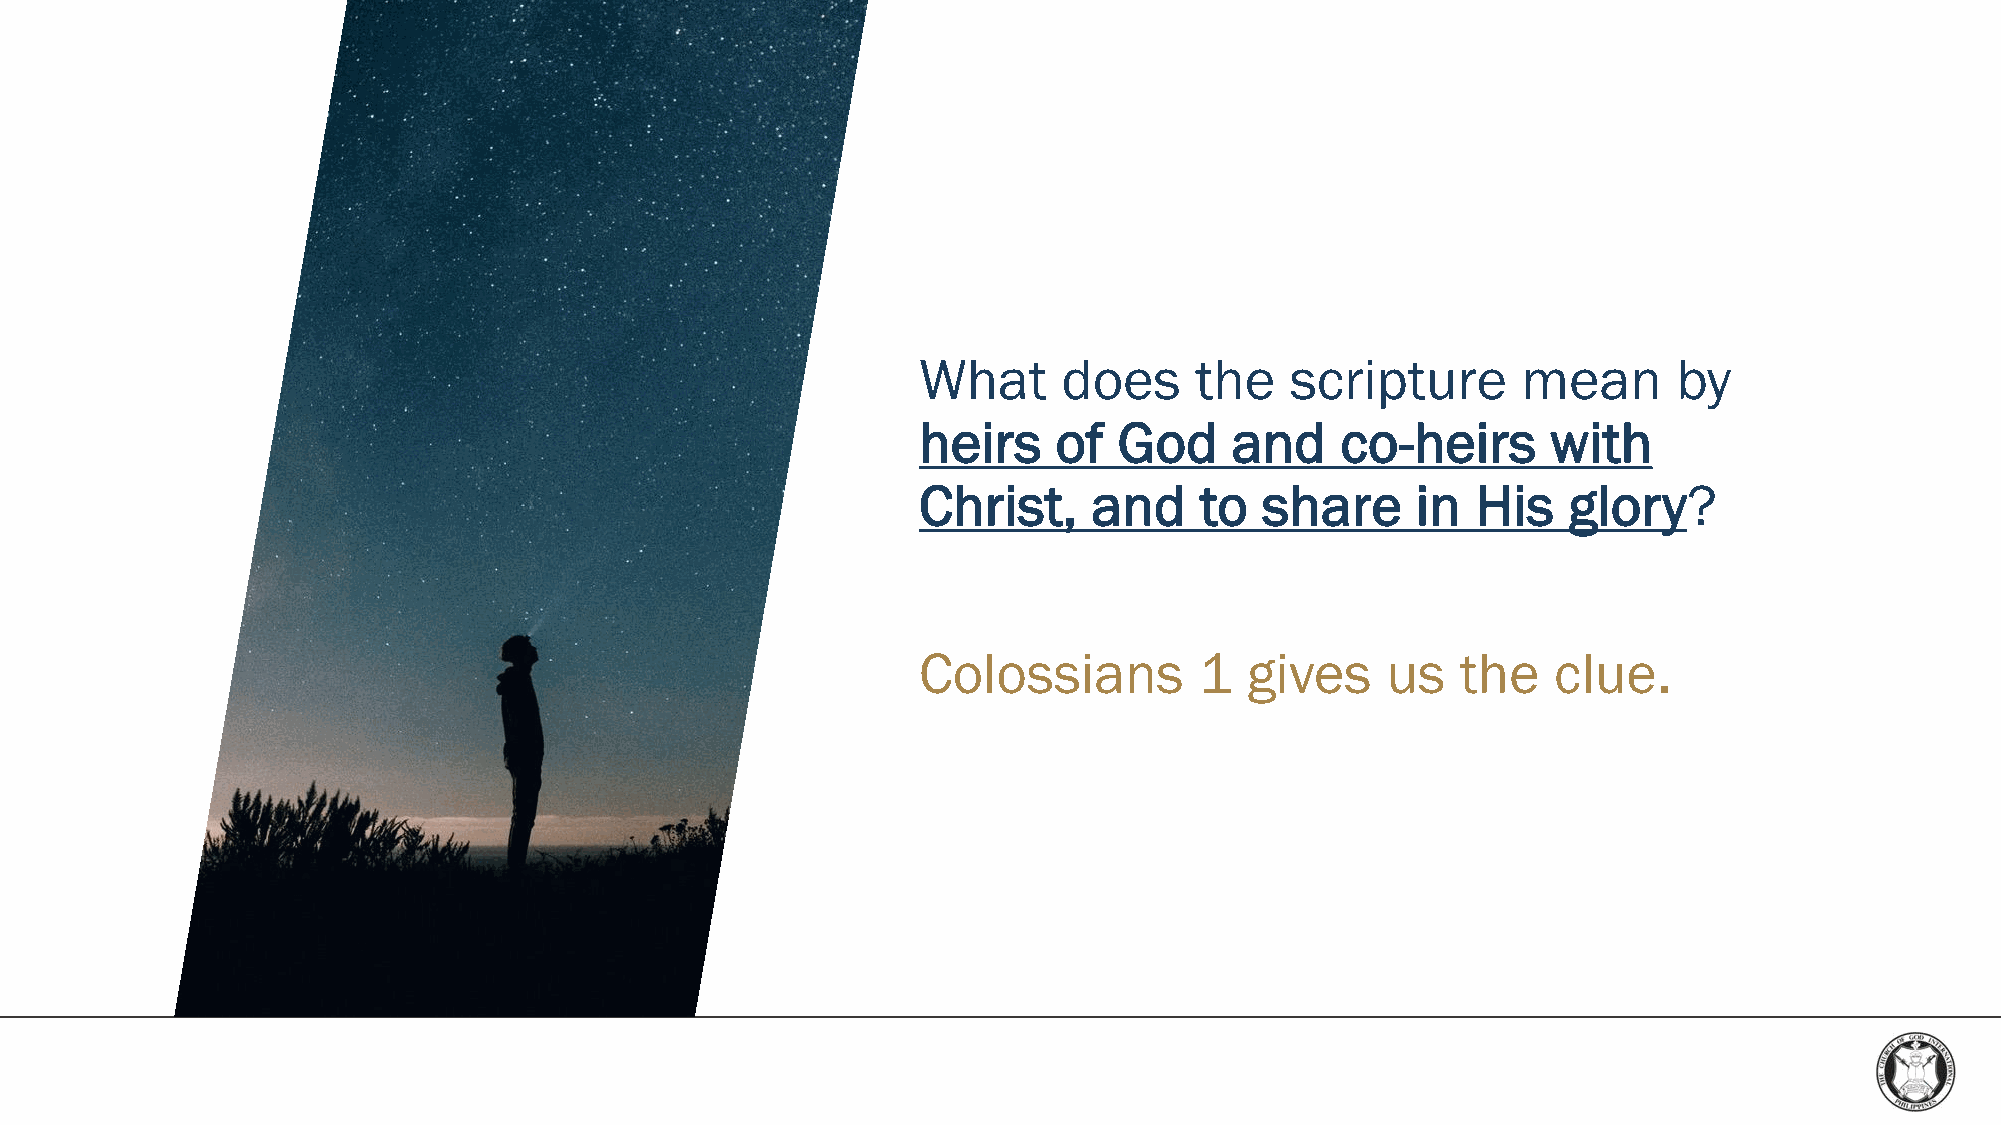
What     does     the   scripture       mean      by
 heirs    of  God     and    co-heirs      with
 Christ,    and    to   share     in  His   glory?
 Colossians        1   gives    us   the   clue.